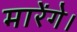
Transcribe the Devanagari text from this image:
मारेंगे।